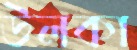
উলকা